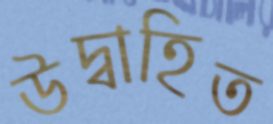
উদ্বাহিত